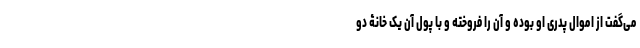
می‌گفت از اموال پدری او بوده و آن را فروخته و با پول آن یک خانۀ دو